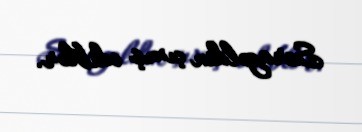
Seragəldin çıxış ediblər.